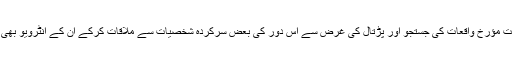
بحیثیت مؤرخ واقعات کی جستجو اور پڑتال کی غرض سے اس دور کی بعض سرکردہ شخصیات سے ملاقات کرکے ان کے انٹرویو بھی لئے۔